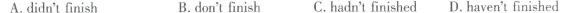
A.didn't finish B. don't finish C. Hadn't finished D. Haven't finished